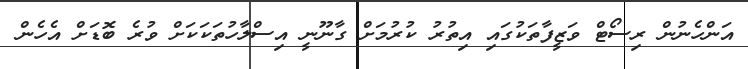
އަންހެނުން ރިސޯޓް ވަޒީފާތަކުގައި އިތުރު ކުރުމަށް ގާނޫނީ އިސްލާހުތަކަކަށް ވުރެ ބޮޑަށް އެހެން